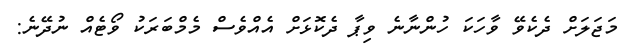
މަޖަލަށް ދެކެވޭ ވާހަކަ ހުންނާނެ ވިޕާ ދެކޮޅަށް އެއްވެސް މެމްބަރަކު ވޯޓެއް ނުދޭނެ: